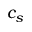
c _ { s }